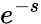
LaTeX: e^{-s}